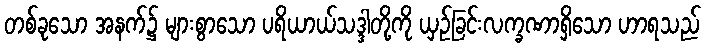
တစ်ခုသော အနက်၌ များစွာသော ပရိယာယ်သဒ္ဒါတို့ကို ယှဉ်ခြင်းလက္ခဏာရှိသော ဟာရသည်